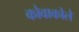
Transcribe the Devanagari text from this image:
कोवाकोले